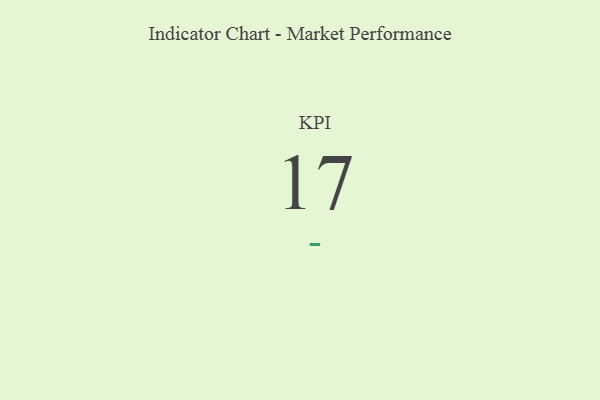
{"axis": {"x": "KPI", "y": "Value"}, "legend": [""], "data": [{"x": "KPI", "y": 17, "type": ""}]}